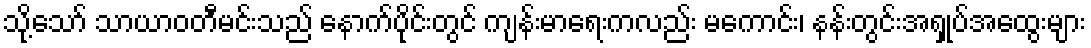
သို့သော် သာယာဝတီမင်းသည် နောက်ပိုင်းတွင် ကျန်းမာရေးကလည်း မကောင်း၊ နန်းတွင်းအရှုပ်အထွေးများ